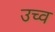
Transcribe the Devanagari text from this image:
उच्व